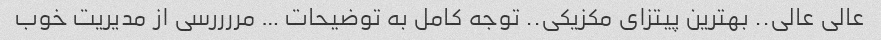
عالی عالی.. بهترین پیتزای مکزیکی.. توجه کامل به توضیحات … مررررسی از مدیریت خوب